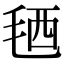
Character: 毢